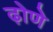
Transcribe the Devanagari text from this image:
ढ़ोणे